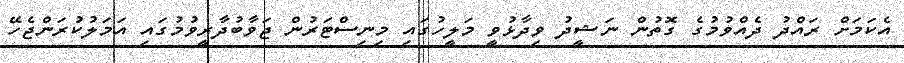
އެކަމަށް ރައްދު ދެއްވުމުގެ ގޮތުން ނަޝީދު ވިދާޅުވީ މަލީހުގައި މިނިސްޓަރުން ޖަވާބުދާރީވުމުގައި އަމަލުކުރަންޖެހޭ